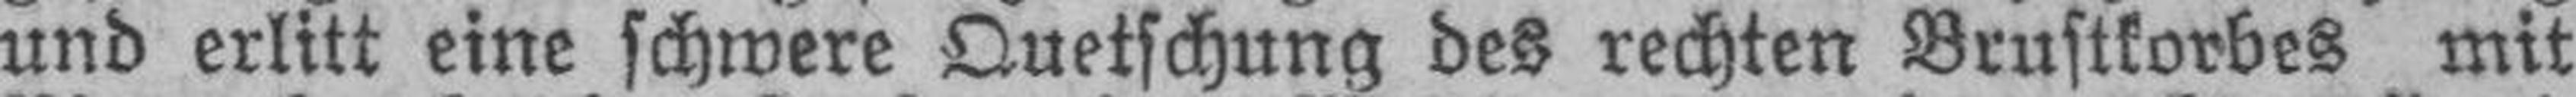
und erlitt eine schwere Quetschung des rechten Brustkorbes mit